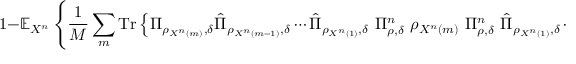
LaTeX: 1 - \mathbb { E } _ { X ^ { n } } \left\{ { \frac { 1 } { M } } \sum _ { m } { \mathrm { T r } } \left\{ \Pi _ { \rho _ { X ^ { n } \left( m \right) } , \delta } { \hat { \Pi } } _ { \rho _ { X ^ { n } \left( m - 1 \right) } , \delta } \cdots { \hat { \Pi } } _ { \rho _ { X ^ { n } \left( 1 \right) } , \delta } \ \Pi _ { \rho , \delta } ^ { n } \ \rho _ { X ^ { n } \left( m \right) } \ \Pi _ { \rho , \delta } ^ { n } \ { \hat { \Pi } } _ { \rho _ { X ^ { n } \left( 1 \right) } , \delta } \cdots { \hat { \Pi } } _ { \rho _ { X ^ { n } \left( m - 1 \right) } , \delta } \Pi _ { \rho _ { X ^ { n } \left( m \right) } , \delta } \right\} \right\} .